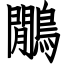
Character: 鷳